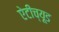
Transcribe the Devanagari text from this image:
ऐटीच्यूड